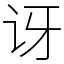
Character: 讶